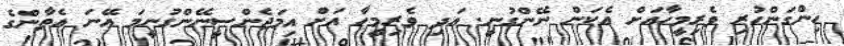
ހިންގަންހުރި ވެރިމީހާއަށް އެކަން ނޭންގުނީ. ޢަދި ވެރިމީހާ އަށް އިމަޖެންސީނޭންގުނީމަ އޭނަ އެތާންގެ